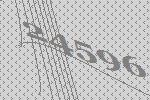
24596